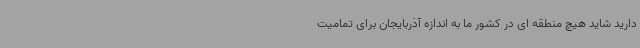
دارید شاید هیچ منطقه ای در کشور ما به اندازه آذربایجان برای تمامیت